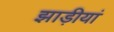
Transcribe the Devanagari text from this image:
झाड़ीयां